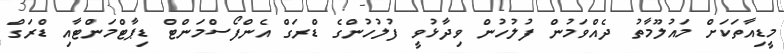
މީޑިއާތަކަށް މައުލޫމާތު ދެއްވަމުން ފުލުހުން ވިދާޅުވީ ފުލުހުންގެ ޑްރަގް އެންފޯސްމަންޓް ޑިޕާޓްމަންޓާއި ޑްރަގް